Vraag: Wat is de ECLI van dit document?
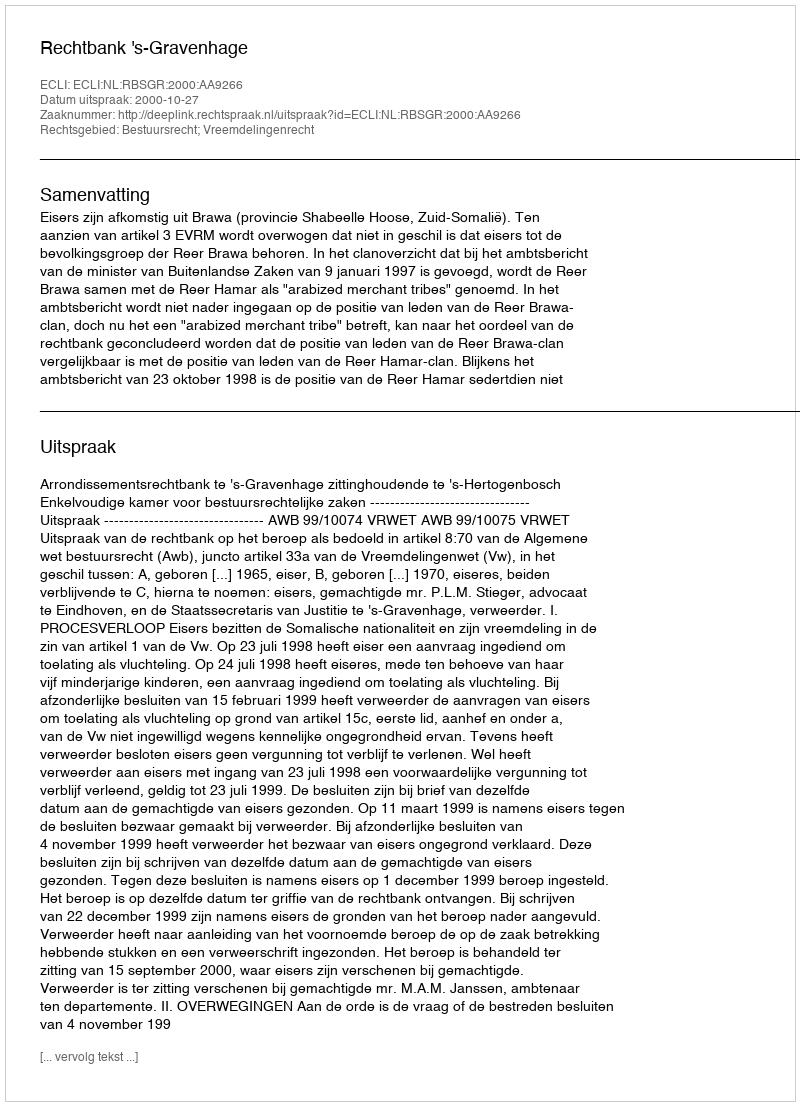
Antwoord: ECLI:NL:RBSGR:2000:AA9266